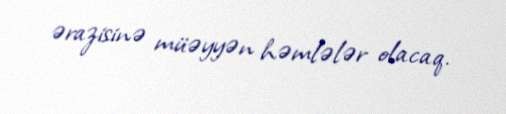
ərazisinə müəyyən həmlələr olacaq.